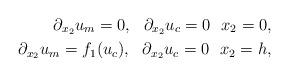
LaTeX: \begin{align*}\partial_{x_2} u_m = 0, \ \ \partial_{x_2} u_c = 0 \ \ x_2=0, \\\partial_{x_2} u_m = f_1(u_c), \ \ \partial_{x_2} u_c = 0 \ \ x_2=h, \end{align*}